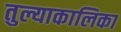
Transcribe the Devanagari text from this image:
तुल्याकालिका